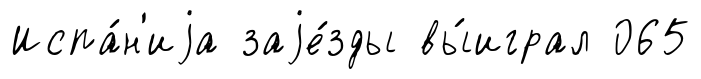
Испа́н'иjа заjе́зды вы́играл 065